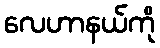
လေဟာနယ်ကို